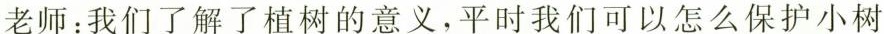
老师：我们了解了植树的意义，平时我们可以怎么保护小树